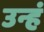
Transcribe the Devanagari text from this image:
उन्हं